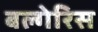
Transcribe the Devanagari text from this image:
बल्गेरिस